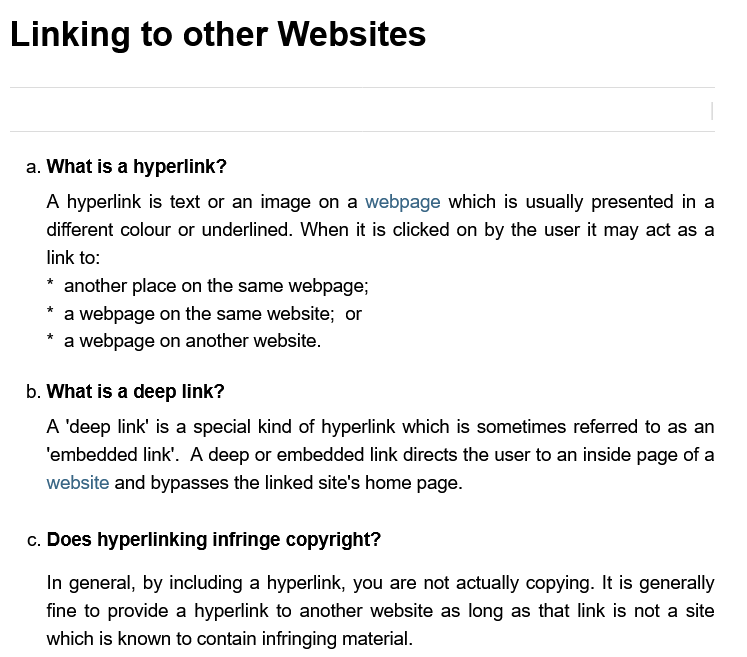
b. What is a deep link?
     A  hyperlink is text or an image on a webpage which is usually presented in a
     different colour or underlined. When it is clicked on by the user it may act as a
     link to:
     A ‘deep link’ is a special kind of hyperlink which is sometimes referred to as an
     "embedded link’. A deep or embedded link directs the user to an inside page of a
     website and bypasses the linked site's home page.
     In general, by including a hyperlink, you are not actually copying. It is generally
     fine to provide a hyperlink to another website as long as that link is not a site
     which is known to contain infringing material.
     another place on the same webpage;
     a webpage on the same website; or
     a webpage on another website.
   c. Does hyperlinking infringe copyright?
   a. What is a hyperlink?
  Linking    to   other    Websites